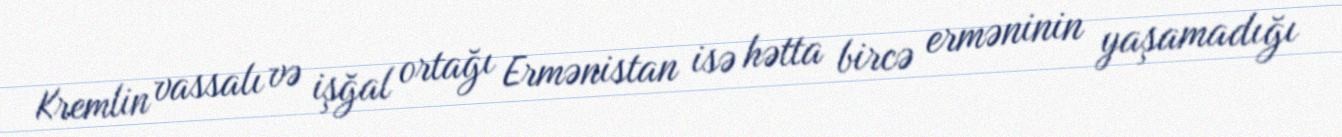
Kremlin vassalı və işğal ortağı Ermənistan isə hətta bircə erməninin yaşamadığı